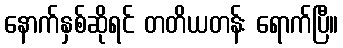
နောက်နှစ်ဆိုရင် တတိယတန်း ရောက်ပြီ။